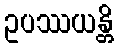
ဥပဿယန္တိ